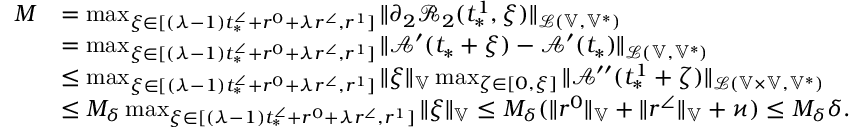
\begin{array} { r l } { M } & { = \operatorname* { m a x } _ { \xi \in [ ( \lambda - 1 ) t _ { * } ^ { \angle } + r ^ { 0 } + \lambda r ^ { \angle } , r ^ { 1 } ] } \| \partial _ { 2 } \mathcal { R } _ { 2 } ( t _ { * } ^ { 1 } , \xi ) \| _ { \mathcal { L } ( \mathbb { V } , \mathbb { V } ^ { * } ) } } \\ & { = \operatorname* { m a x } _ { \xi \in [ ( \lambda - 1 ) t _ { * } ^ { \angle } + r ^ { 0 } + \lambda r ^ { \angle } , r ^ { 1 } ] } \| \mathcal { A } ^ { \prime } ( t _ { * } + \xi ) - \mathcal { A } ^ { \prime } ( t _ { * } ) \| _ { \mathcal { L } ( \mathbb { V } , \mathbb { V } ^ { * } ) } } \\ & { \le \operatorname* { m a x } _ { \xi \in [ ( \lambda - 1 ) t _ { * } ^ { \angle } + r ^ { 0 } + \lambda r ^ { \angle } , r ^ { 1 } ] } \| \xi \| _ { \mathbb { V } } \operatorname* { m a x } _ { \zeta \in [ 0 , \xi ] } \| \mathcal { A } ^ { \prime \prime } ( t _ { * } ^ { 1 } + \zeta ) \| _ { \mathcal { L } ( \mathbb { V } \times \mathbb { V } , \mathbb { V } ^ { * } ) } } \\ & { \le M _ { \delta } \operatorname* { m a x } _ { \xi \in [ ( \lambda - 1 ) t _ { * } ^ { \angle } + r ^ { 0 } + \lambda r ^ { \angle } , r ^ { 1 } ] } \| \xi \| _ { \mathbb { V } } \le M _ { \delta } ( \| r ^ { 0 } \| _ { \mathbb { V } } + \| r ^ { \angle } \| _ { \mathbb { V } } + \varkappa ) \le M _ { \delta } \delta . } \end{array}